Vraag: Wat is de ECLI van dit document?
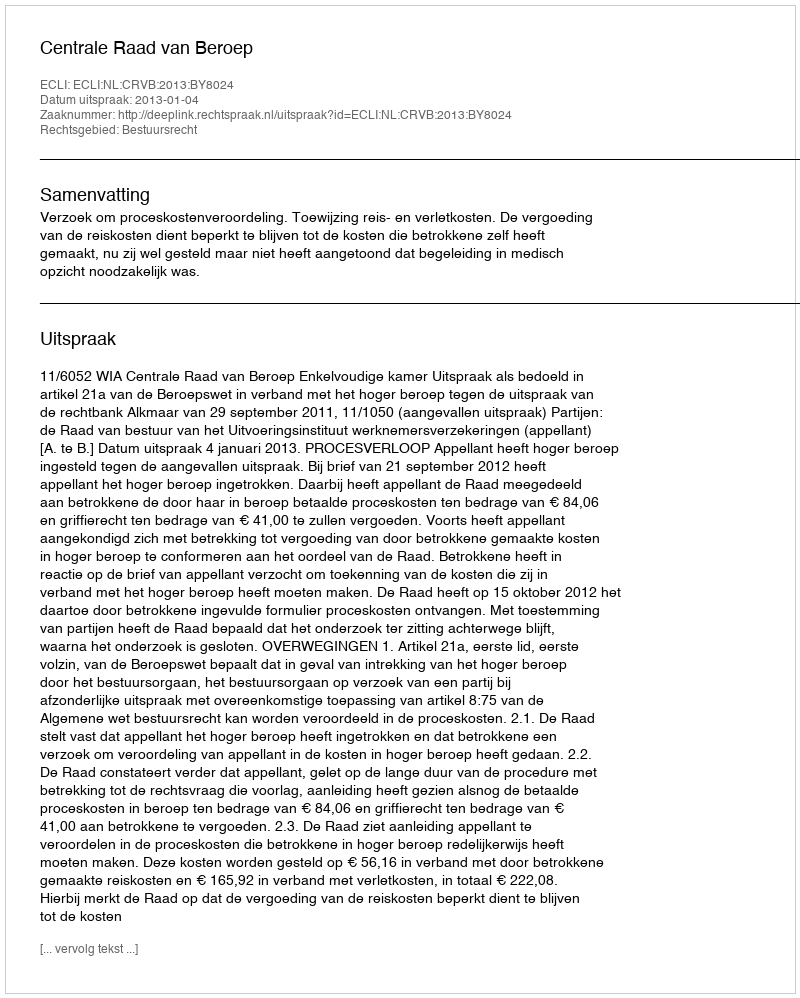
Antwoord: ECLI:NL:CRVB:2013:BY8024